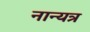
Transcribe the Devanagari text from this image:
नान्यत्र